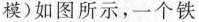
模)如图所示，一个铁